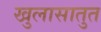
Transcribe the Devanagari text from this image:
खुलासातुत